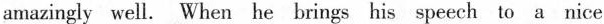
amazingly well. When he brings his speech to a nice